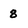
Character: 8